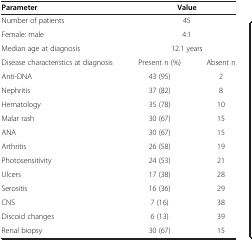
<table><thead><tr><td><b>Parameter</b></td><td colspan="2"><b>Value</b></td></tr></thead><tbody><tr><td>Number of patients</td><td colspan="2">45</td></tr><tr><td>Female: male</td><td colspan="2">4:1</td></tr><tr><td>Median age at diagnosis</td><td colspan="2">12.1 years</td></tr><tr><td>Disease characteristics at diagnosis</td><td>Present n (%)</td><td>Absent n</td></tr><tr><td>Anti-DNA</td><td>43 (95)</td><td>2</td></tr><tr><td>Nephritis</td><td>37 (82)</td><td>8</td></tr><tr><td>Hematology</td><td>35 (78)</td><td>10</td></tr><tr><td>Malar rash</td><td>30 (67)</td><td>15</td></tr><tr><td>ANA</td><td>30 (67)</td><td>15</td></tr><tr><td>Arthritis</td><td>26 (58)</td><td>19</td></tr><tr><td>Photosensitivity</td><td>24 (53)</td><td>21</td></tr><tr><td>Ulcers</td><td>17 (38)</td><td>28</td></tr><tr><td>Serositis</td><td>16 (36)</td><td>29</td></tr><tr><td>CNS</td><td>7 (16)</td><td>38</td></tr><tr><td>Discoid changes</td><td>6 (13)</td><td>39</td></tr><tr><td>Renal biopsy</td><td>30 (67)</td><td>15</td></tr></tbody></table>